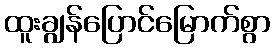
ထူးချွန်ပြောင်မြောက်စွာ